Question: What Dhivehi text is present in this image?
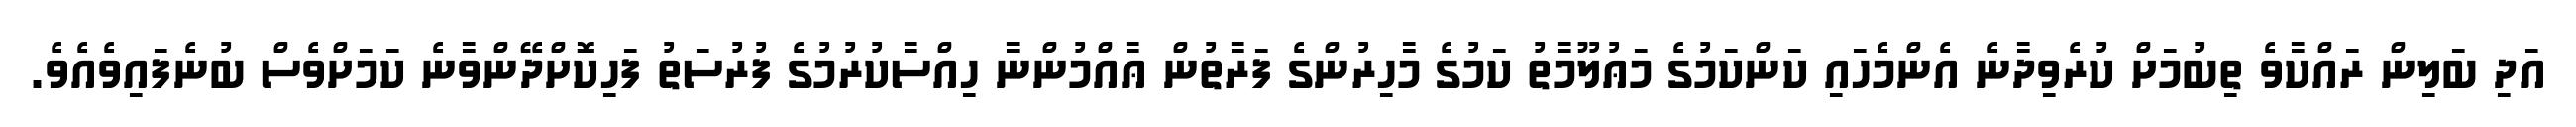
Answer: އަދި ބަލިން ރައްކާވެ ތިބުމަށް ކުރެވިދާނެ އެންމެހައި ކަންކަމުގެ މަޢުލޫމާތު ކަމުގެ މާހިރުންގެ ފަރާތުން ޢާއްމުންނާ ހިއްސާކުރުމުގެ ފުރުސަތު ފަހިކޮށްދޭންވާނެ ކަމަށްވެސް ބުނެފައިވެއެވެ.